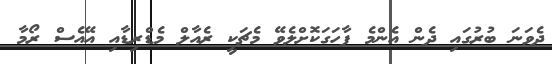
ދެވަނަ ބުރުގައި ދެން އެންމެ ފާހަގަކޮށްލެވޭ މެޗަކީ ރެއާލް މެޑްރިޑާއި އޭއެސް ރޯމާ